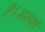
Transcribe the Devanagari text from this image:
है।ग्राहकों